Civil Veterinary Department Bengal reports 1923-33 - 1923-1933
Year: 1923
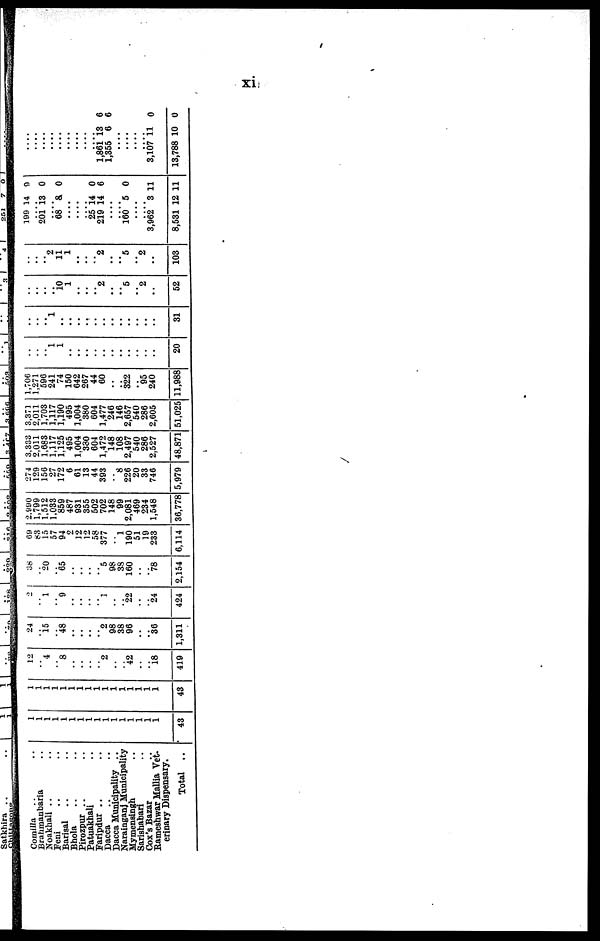
xi
Comilla
..
..
Brahmanbaria ..
Noakhali .. ..
Feni .. ..
Barisal .. ..
Bhola .. ..
Pirozpur .. ..
Fatuakhali .. ..
Faripdur .. ..
Dacca
..
..
Dacca Municipality ..
Narainganj Municipality
Mymensingh ..
Sarishabari ..
Cox's Bazar ..
Rameshwar Mallia Vet-
erinary Dispensary.
Total
..
1
1
1
1
1
1
1
1
1
1
1
1
1
1
1
1
43
1
1
1
1
1
1
1
1
1
1
1
1
1
1
1
1
43
12
.. 4
.. 8
..
..
..
.. 2
..
.. 42
..
.. 18
419
24
.. 15
.. 48
..
..
..
.. 2
98
38
96
..
.. 36
1,311
2
.. 1
.. 9
..
..
..
.. 1
..
.. 22
..
.. 24
424
38
.. 20
.. 65
..
..
..
.. 5
98
38
160
..
.. 78
2,154
69
83
15
57
94
2
12
12
58
377
.. 1
190
51
19
233
6,114
2.990
1,799
1,512
1,033
859
487
931
355
502
702
148
99
2,081
469
234
1,548
36,778
274
129
156
27
172
6
61
13
44
393
.. 8
226
20
33
746
5,979
3,333
2,011
1,683
1,117
1,125
495
1,004
380
604
1,472
148
108
2,497
540
286
2,527
48,871
3,371
2,011
1,703
1,117
1,190
495
1,004
380
604
1,477
246
146
2,657
540
286
2,605
51,025
1,706
1,271
596
241
74
150
642
267
44
60
..
.. 322
.. 95
240
11,988
..
..
.. 1
1
..
..
..
..
..
..
..
..
..
..
..
20
..
..
.. 1
..
..
..
..
..
..
..
..
..
..
..
..
31
..
..
.. .. 10
1
..
.. .. 2
..
5
.. 2
..
52
..
..
.. 2
11
1
..
..
.. 2
..
.. 5
.. 2
..
103
199
.... 201
.... 68
....
....
25
219
....
....
160
.... ....
3,962
8,531
14
13
8
14
14
5
3
12
9
0
0
0
6
0
11
11
....
....
....
....
....
....
....
....
.... l,861
1,355
....
....
....
....
3,107
13,788
13
6
11
10
6
6
0
0